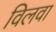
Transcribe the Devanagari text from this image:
विलवा